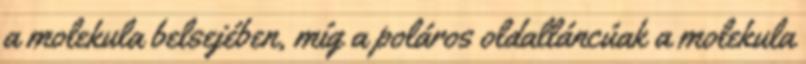
a molekula belsejében, míg a poláros oldalláncúak a molekula